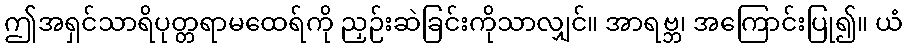
ဤအရှင်သာရိပုတ္တရာမထေရ်ကို ညှဉ်းဆဲခြင်းကိုသာလျှင်။ အာရဗ္ဘ၊ အကြောင်းပြု၍။ ယံ